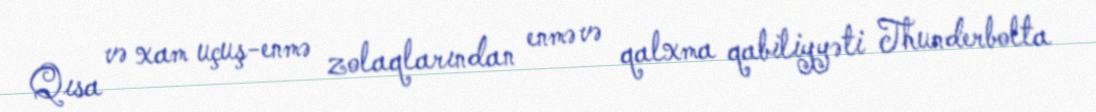
Qısa və xam uçuş-enmə zolaqlarından enmə və qalxma qabiliyyəti Thunderbolta